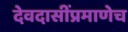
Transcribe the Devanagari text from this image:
देवदासींप्रमाणेच